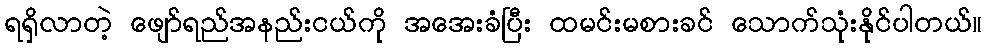
ရရှိလာတဲ့ ဖျော်ရည်အနည်းငယ်ကို အအေးခံပြီး ထမင်းမစားခင် သောက်သုံးနိုင်ပါတယ်။